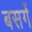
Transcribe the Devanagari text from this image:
बसर्गे